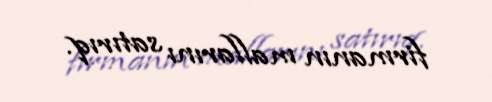
firmanın mallarını satırıq.